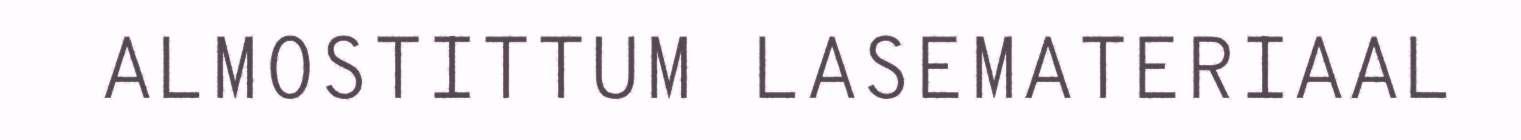
ALMOSTITTUM LASEMATERIAAL